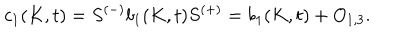
LaTeX: c _ { 1 } ( K , t ) = S ^ { ( - ) } b _ { 1 } ( K , t ) S ^ { ( + ) } = b _ { 1 } ( K , t ) + O _ { 1 , 3 } .